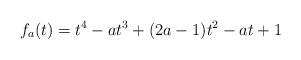
LaTeX: \begin{align*}f_a(t)=t^4-at^3+(2a-1)t^2-at+1\end{align*}